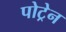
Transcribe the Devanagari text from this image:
पोट्रेन